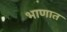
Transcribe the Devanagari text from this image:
भाणात